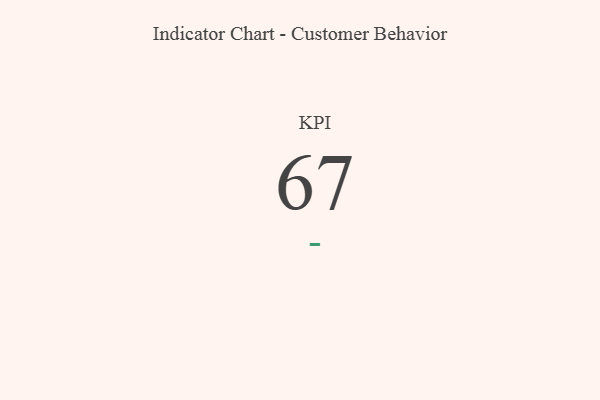
{"axis": {"x": "KPI", "y": "Value"}, "legend": [""], "data": [{"x": "KPI", "y": 67, "type": ""}]}